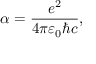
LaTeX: \alpha = { \frac { e ^ { 2 } } { 4 \pi \varepsilon _ { 0 } \hbar c } } ,